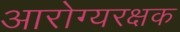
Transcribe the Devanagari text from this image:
आरोग्यरक्षक